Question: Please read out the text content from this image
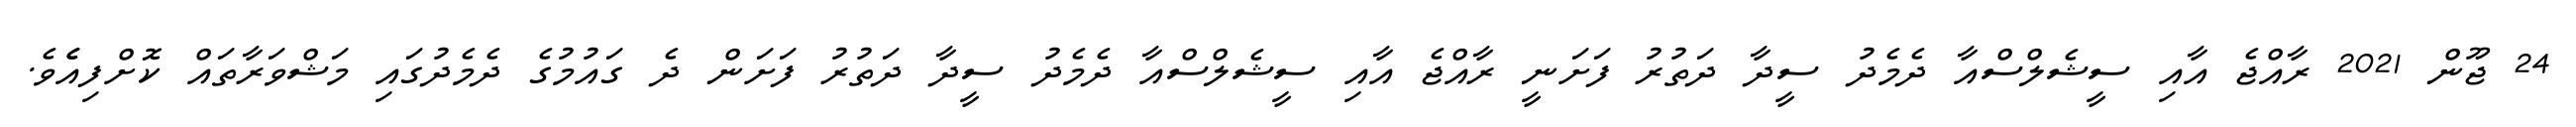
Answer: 24 ޖޫން 2021 ރާއްޖެ އާއި ސީޝެލްސްއާ ދެމެދު ސީދާ ދަތުރު ފަށަނީ ރާއްޖެ އާއި ސީޝެލްސްއާ ދެމެދު ސީދާ ދަތުރު ފަށަން ދެ ގައުމުގެ ދެމެދުގައި މަޝްވަރާތައް ކޮށްފިއެެވެ.